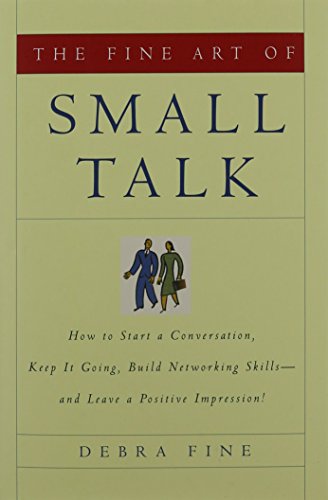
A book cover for The Fine Art of Small Talk: How To Start a Conversation, Keep It Going, Build Networking Skills -- and Leave a Positive Impression!; Debra Fine; Business & Money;